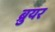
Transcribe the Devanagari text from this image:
ब्रुयर